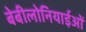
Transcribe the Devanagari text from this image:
बेबीलोनियाईओं